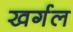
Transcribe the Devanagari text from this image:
खर्गल